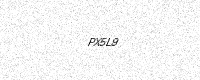
Text: PX5L9